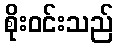
စိုးဝင်းသည်